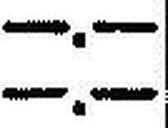
—.—